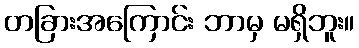
တခြားအကြောင်း ဘာမှ မရှိဘူး။